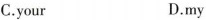
C.your D.my